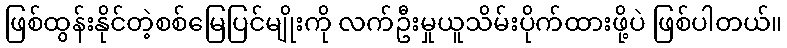
ဖြစ်ထွန်းနိုင်တဲ့စစ်မြေပြင်မျိုးကို လက်ဦးမှုယူသိမ်းပိုက်ထားဖို့ပဲ ဖြစ်ပါတယ်။